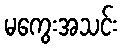
မကွေးအသင်း